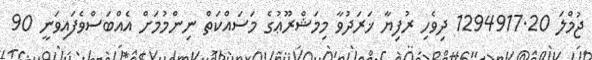
ޖުމްލަ 1294917.20 ދިވެހި ރުފިޔާ ޚަރަދުވާ މިމަޝްރޫޢުގެ މަސައްކަތް ނިންމުމަށް އެއްބަސްވެފައިވަނީ 90